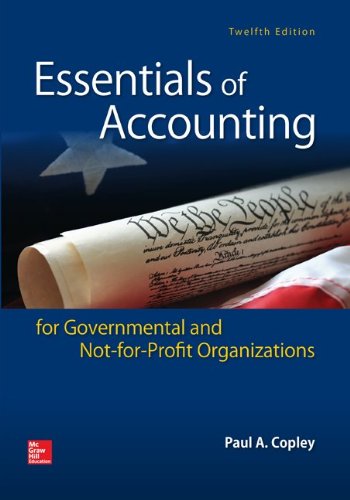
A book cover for Essentials of Accounting for Governmental and Not-for-Profit Organizations; Paul Copley; Business & Money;